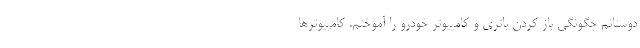
دوستانم چگونگی باز کردن باتری و کامپیوتر خودرو را آموختم. کامپیوتر‌ها